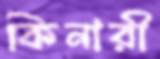
কিনারী